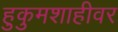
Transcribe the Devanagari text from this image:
हुकुमशाहीवर